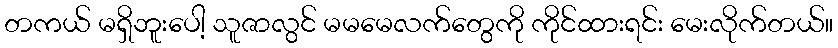
တကယ် မရှိဘူးပေါ့ သူဇာလွင် မမမေလက်တွေကို ကိုင်ထားရင်း မေးလိုက်တယ်။